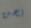
نحن